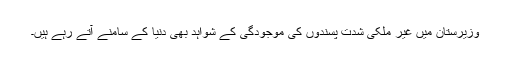
وزیرستان میں غیر ملکی شدت پسندوں کی موجودگی کے شواہد بھی دنیا کے سامنے آتے رہے ہیں۔